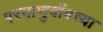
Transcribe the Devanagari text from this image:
परमाणुबाँबच्या